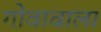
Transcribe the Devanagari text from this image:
गोवावाला